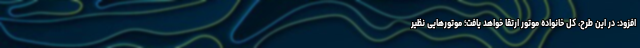
افزود: در این طرح، کل خانواده موتور ارتقا خواهد یافت؛ موتورهایی نظیر